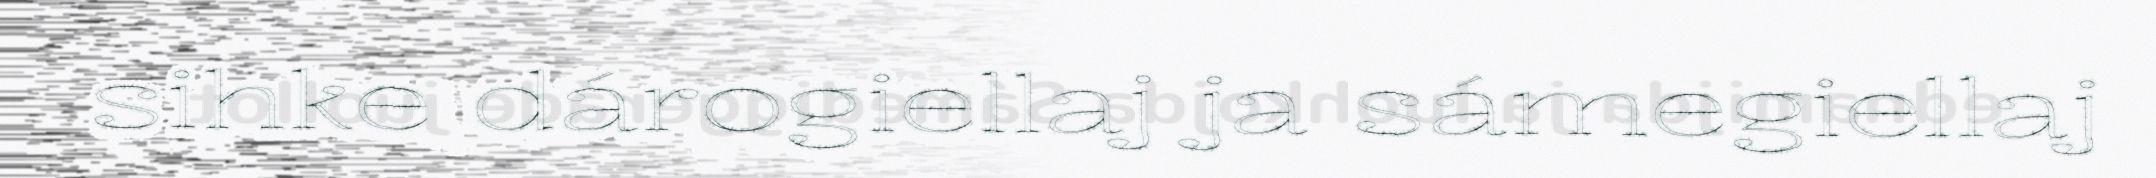
sihke dárogiellaj ja sámegiellaj